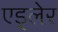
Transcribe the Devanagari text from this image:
एड्लेर